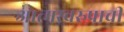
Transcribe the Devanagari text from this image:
आत्मस्वरुपाची